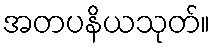
အတပနိယသုတ်။